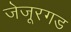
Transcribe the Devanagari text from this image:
जेजूरगड